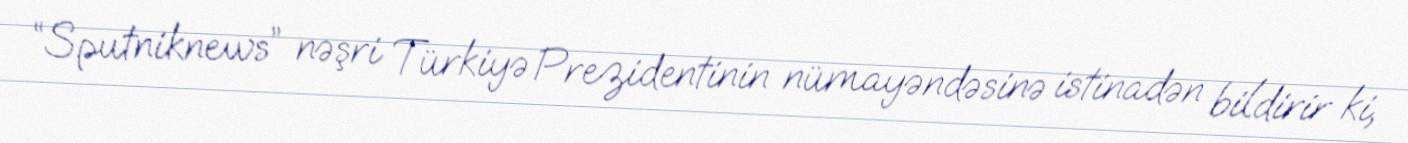
“Sputniknews” nəşri Türkiyə Prezidentinin nümayəndəsinə istinadən bildirir ki,